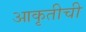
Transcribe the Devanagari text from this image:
आकृतीची